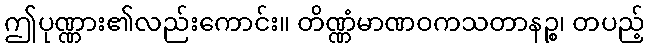
ဤပုဏ္ဏား၏လည်းကောင်း။ တိဏ္ဏံမာဏဝကသတာနဉ္စ၊ တပည့်